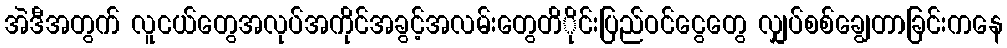
အဲဒီအတွက် လူငယ်တွေအလုပ်အကိုင်အခွင့်အလမ်းတွေတိိုင်းပြည်ဝင်ငွေတွေ လျှပ်စစ်ချွေတာခြင်းကနေ